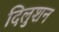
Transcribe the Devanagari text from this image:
दिलुशन